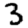
Digit: 3